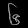
Digit: ၆